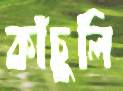
কাঁচুলি